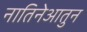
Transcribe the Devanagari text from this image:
नातिनेआतुन